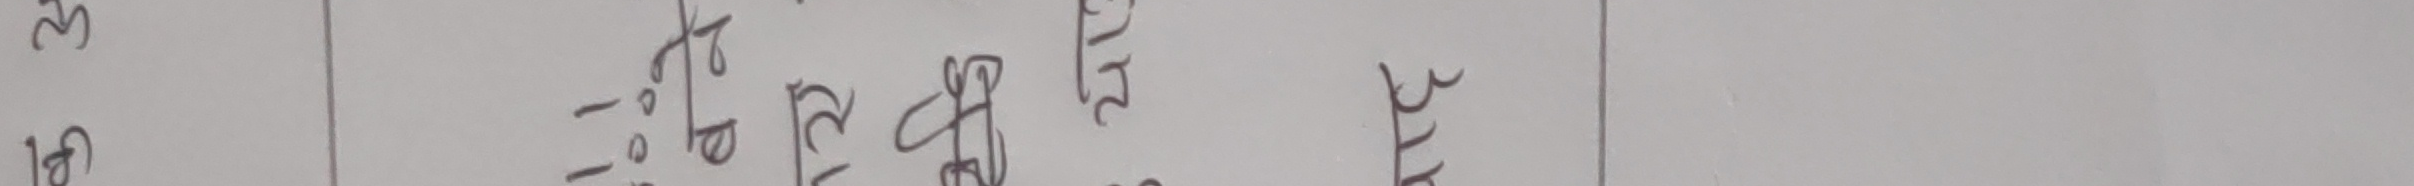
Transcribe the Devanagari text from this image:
२७
ने. वि. संघ